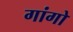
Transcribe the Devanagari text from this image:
गांगो